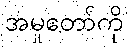
အမှုတော်ကို